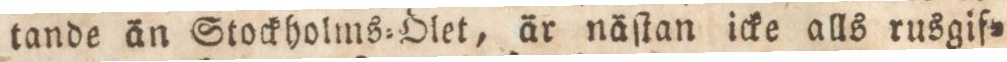
tande än Stockholms=Olet, är nä ſtan icke alls rusgif=